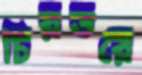
চিরতরে